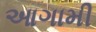
આગામી